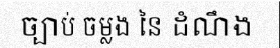
ច្បាប់ ចម្លង នៃ ដំណឹង